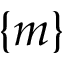
\{ m \}